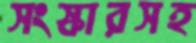
সংস্কারসহ